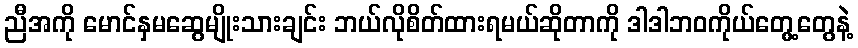
ညီအကို မောင်နှမဆွေမျိုးသားချင်း ဘယ်လိုစိတ်ထားရမယ်ဆိုတာကို ဒါဒါဘဝကိုယ်တွေ့တွေနဲ့